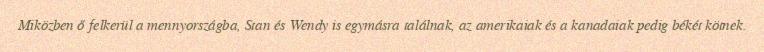
Miközben ő felkerül a mennyországba, Stan és Wendy is egymásra találnak, az amerikaiak és a kanadaiak pedig békét kötnek.